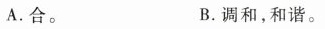
A.合。 B.调和，和谐。